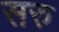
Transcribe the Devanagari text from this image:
सरु